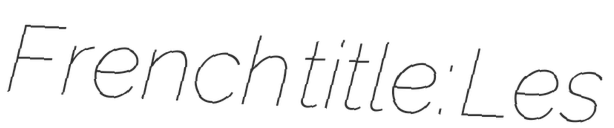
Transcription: French title: Les